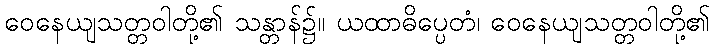
ဝေနေယျသတ္တဝါတို့၏ သန္တာန်၌။ ယထာဓိပ္ပေတံ၊ ဝေနေယျသတ္တဝါတို့၏